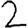
Digit: 2